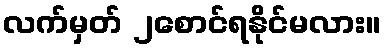
လက်မှတ် ၂စောင်ရနိုင်မလား။